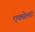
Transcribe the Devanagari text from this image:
एक्सेलंट